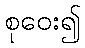
စုဝေး၍